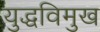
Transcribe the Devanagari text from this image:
युद्धविमुख